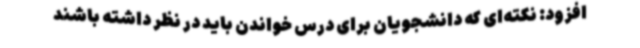
افزود: نکته‌ای که دانشجویان برای درس خواندن باید در نظر داشته باشند